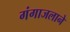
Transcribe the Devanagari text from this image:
गंगाजलाने